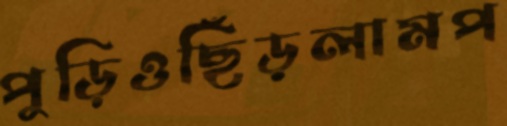
পুড়িওছিঁড়লামপ